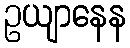
ဥယျာနေန